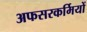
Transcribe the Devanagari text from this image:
अफसरकर्मियों